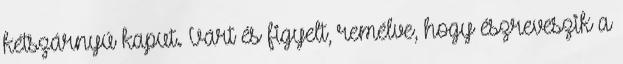
kétszárnyú kaput. Várt és figyelt, remélve, hogy észreveszik a